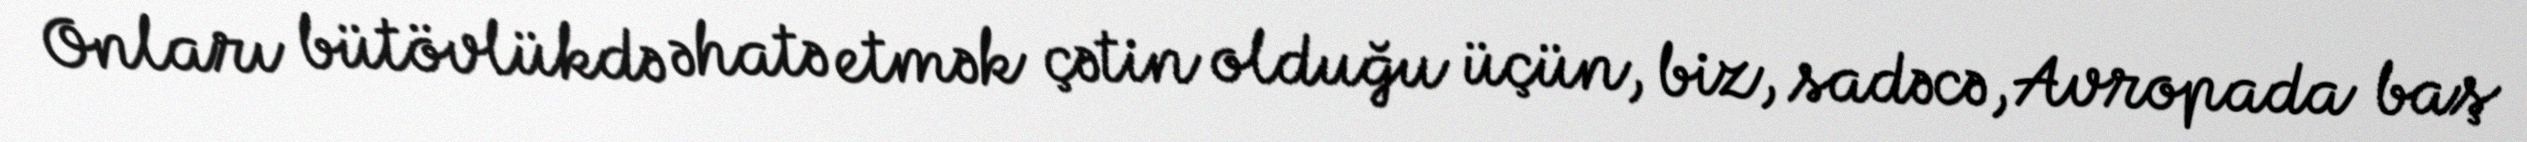
Onları bütövlükdə əhatə etmək çətin olduğu üçün, biz, sadəcə, Avropada baş